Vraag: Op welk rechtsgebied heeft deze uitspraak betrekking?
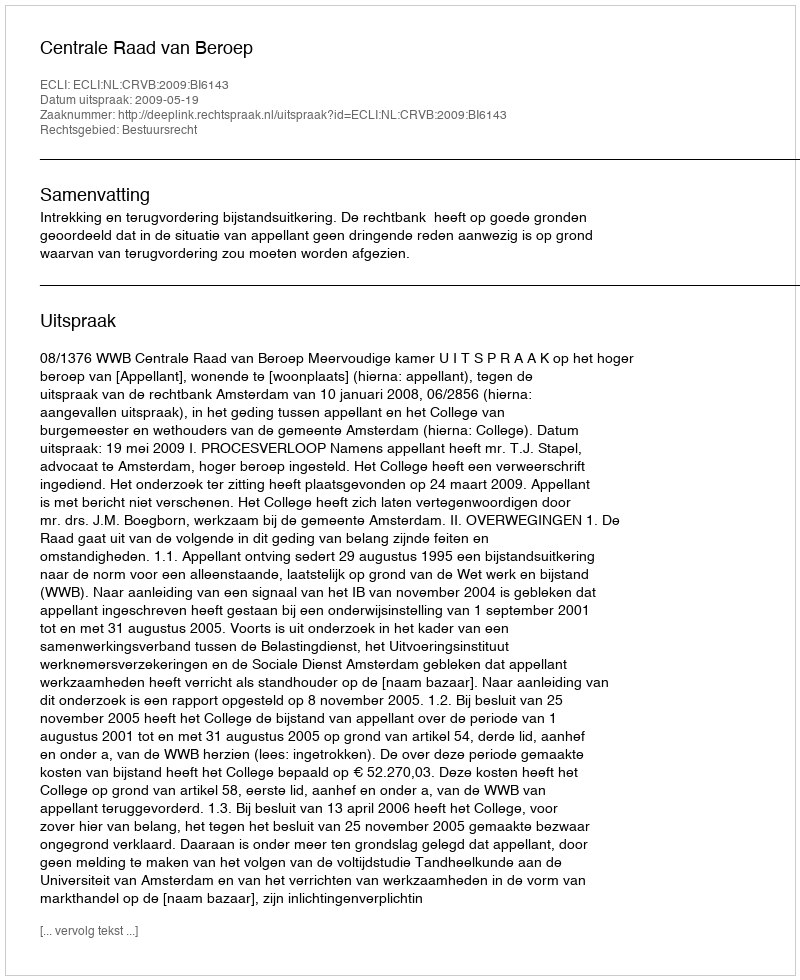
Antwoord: Bestuursrecht